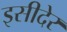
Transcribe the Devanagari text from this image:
इसीदेर